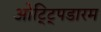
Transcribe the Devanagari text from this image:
ओट्ट्पिडारम